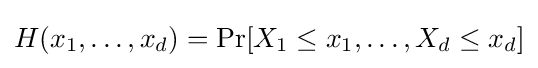
H(x_{1},\dots ,x_{d})=\Pr[X_{1}\leq x_{1},\dots ,X_{d}\leq x_{d}]